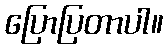
ပြောပြတာပါ။